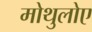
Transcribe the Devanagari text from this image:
मोथुलोए